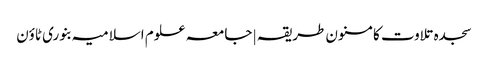
سجدہ تلاوت کا مسنون طریقہ | جامعہ علوم اسلامیہ بنوری ٹاؤن